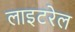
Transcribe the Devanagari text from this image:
लाइटरेल